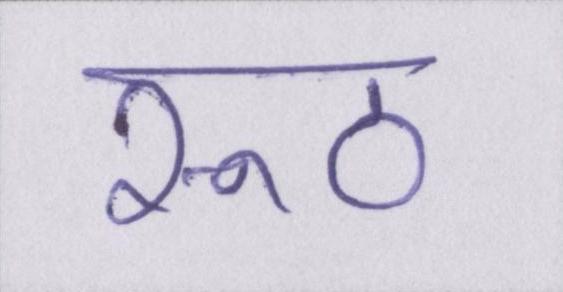
रूठ